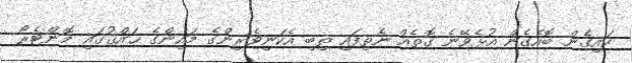
ކައިގެން ބޮއެގެން އުޅެވޭނެ ގޮތެއް ނެތިފައި ތިބި އެކަނިވެރިންގެ މައިންގެ ޙައްޤުގައި މޮންޓެރޯ